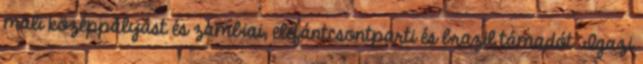
mali középpályást és zambiai, elefántcsontparti és brazil támadót. Igazi